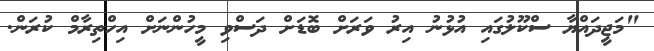
"މަޖީދައްޔާ ސްކޫލުގައި އުޅުނު އިރު ވަރަށް ބޮޑަށް ދަސްވި މީހުންނަށް އިހްތިރާމް ކުރަން.